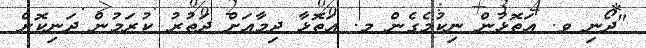
"ދޯނި ވ. އަތޮޅުން ނިކުމެގެން މ. އަތޮޅާ ދިމާއަށް ދަތުރު ކުރަމުން ދަނިކޮށް